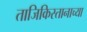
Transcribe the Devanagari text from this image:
ताजिकिस्तानाच्या